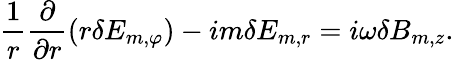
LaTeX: \frac{1}{r}\frac{\partial}{\partial r}(r\delta E_{m,\varphi})-im\delta E_{m,r}=i\omega\delta B_{m,z}.